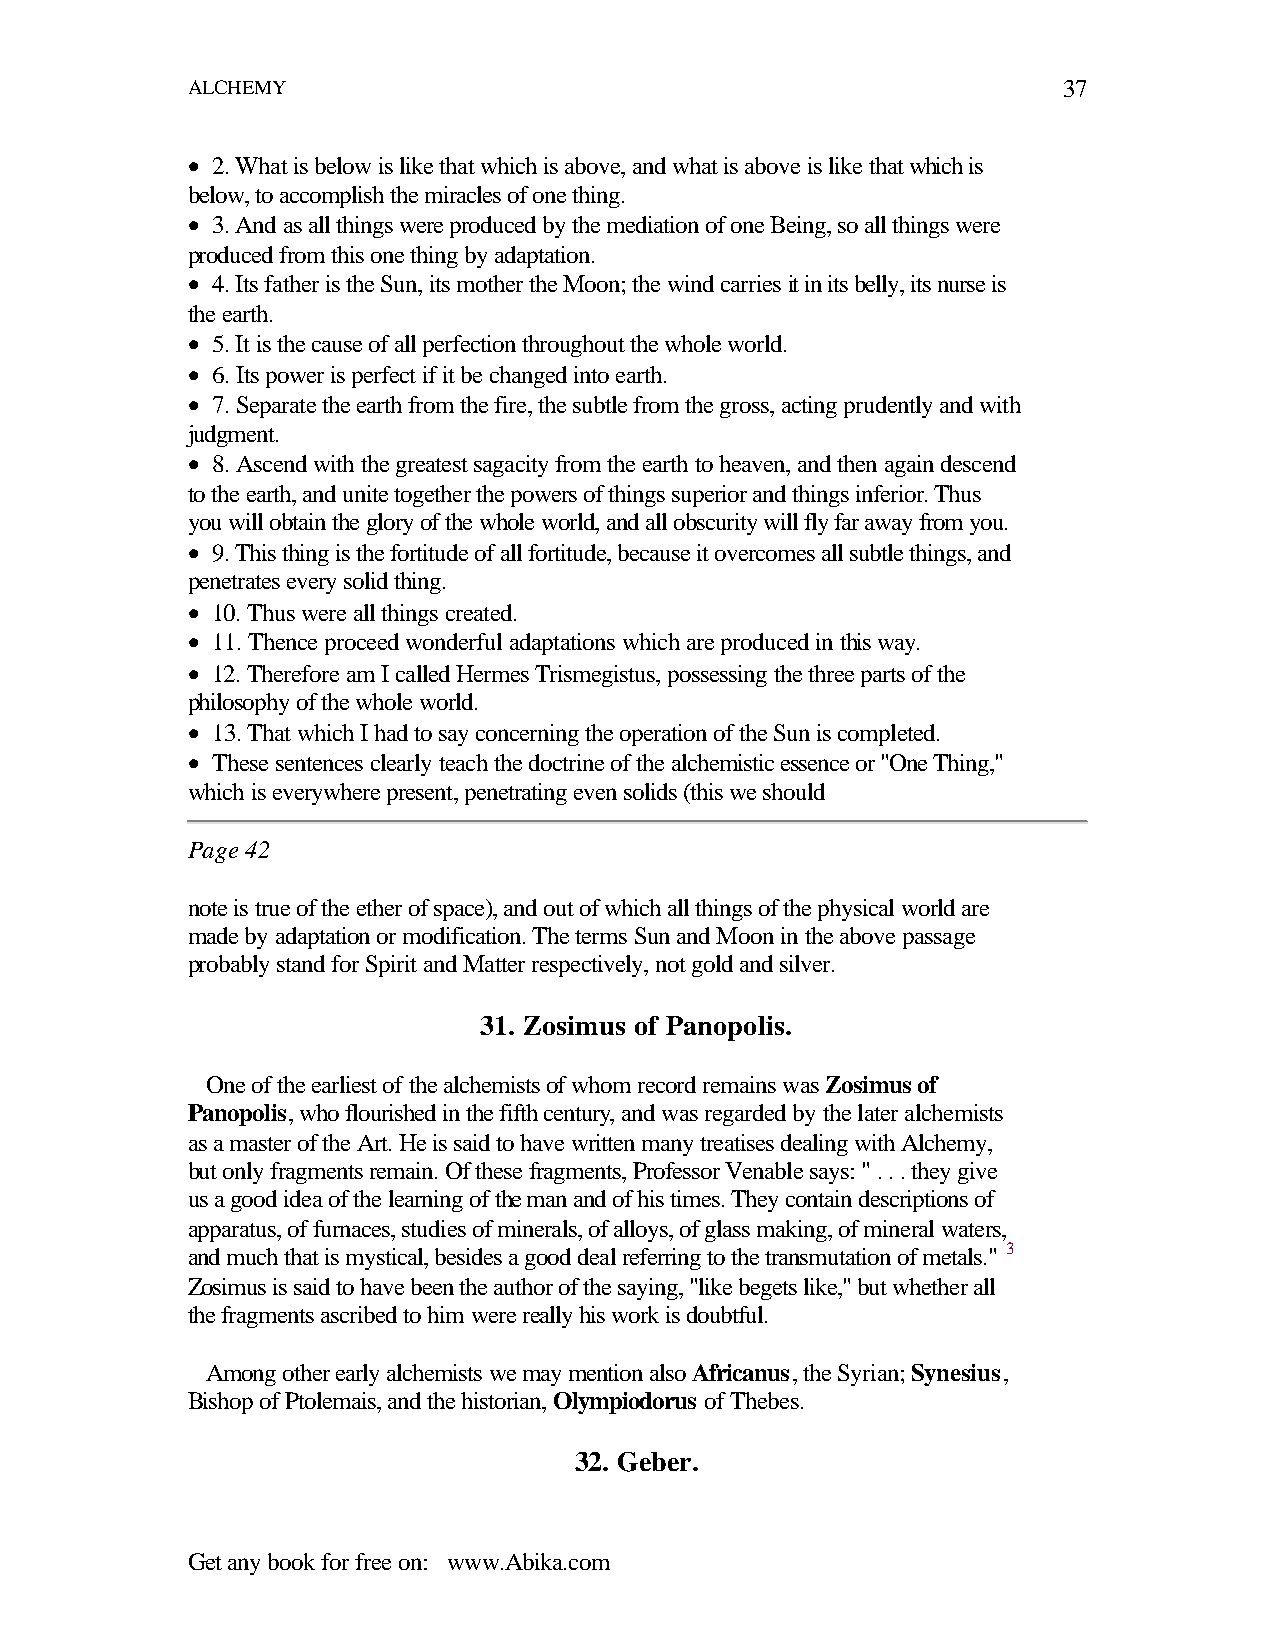
ALCHEMY                                                   37
 • 2. What is below is like that which is above, and what is above is like that which is
 below, to accomplish the miracles of one thing.
 • 3. And as all things were produced by the mediation of one Being, so all things were
 produced from this one thing by adaptation.
 • 4. Its father is the Sun, its mother the Moon; the wind carries it in its belly, its nurse is
 the earth.
 • 5. It is the cause of all perfection throughout the whole world.
 • 6. Its power is perfect if it be changed into earth.
 • 7. Separate the earth from the fire, the subtle from the gross, acting prudently and with
 judgment.
 • 8. Ascend with the greatest sagacity from the earth to heaven, and then again descend
 to the earth, and unite together the powers of things superior and things inferior. Thus
 you will obtain the glory of the whole world, and all obscurity will fly far away from you.
 • 9. This thing is the fortitude of all fortitude, because it overcomes all subtle things, and
 penetrates every solid thing.
 • 10. Thus were all things created.
 • 11. Thence proceed wonderful adaptations which are produced in this way.
 • 12. Therefore am I called Hermes Trismegistus, possessing the three parts of the
 philosophy of the whole world.
 • 13. That which I had to say concerning the operation of the Sun is completed.
 • These sentences clearly teach the doctrine of the alchemistic essence or "One Thing,"
 which is everywhere present, penetrating even solids (this we should
 Page 42
 note is true of the ether of space), and out of which all things of the physical world are
 made by adaptation or modification. The terms Sun and Moon in the above passage
 probably stand for Spirit and Matter respectively, not gold and silver.
 31. Zosimus of Panopolis.
 One of the earliest of the alchemists of whom record remains was Zosimus of
 Panopolis, who flourished in the fifth century, and was regarded by the later alchemists
 as a master of the Art. He is said to have written many treatises dealing with Alchemy,
 but only fragments remain. Of these fragments, Professor Venable says: " . . . they give
 us a good idea of the learning of the man and of his times. They contain descriptions of
 apparatus, of furnaces, studies of minerals, of alloys, of glass making, of mineral waters,
 and much that is mystical, besides a good deal referring to the transmutation of metals." 3
 Zosimus is said to have been the author of the saying, "like begets like," but whether all
 the fragments ascribed to him were really his work is doubtful.
 Among other early alchemists we may mention also Africanus, the Syrian; Synesius,
 Bishop of Ptolemais, and the historian, Olympiodorus of Thebes.
 32. Geber.
 Get any book for free on: www.Abika.com